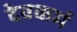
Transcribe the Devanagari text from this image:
देवकर्म